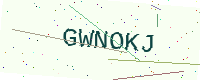
Text: GWNOKJ